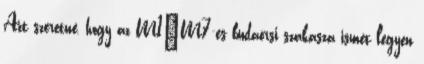
Azt szeretné, hogy az M1–M7-es budaörsi szakasza ismét legyen